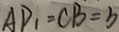
A D _ { 1 } = C B = b